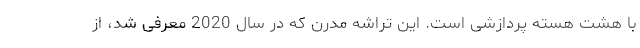
با هشت هسته پردازشی است. این تراشه مدرن که در سال 2020 معرفی شد، از